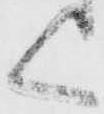
く